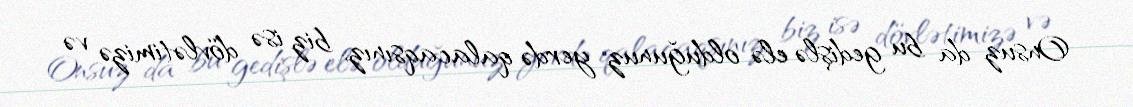
Onsuz da bu gedişlə elə olduğunuz yerdə qalacaqsınız, biz isə dövlətimizə və